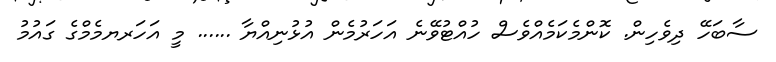
ސާބަހޭ ދިވެހިން. ކޮންމެކަމެއްވެސް ހުއްޓުވޭނެ އަހަރުމެން އުޅުނިއްޔާ ...... މީ އަހަރޔމެމްގެ ގައުމު